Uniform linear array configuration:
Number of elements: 8
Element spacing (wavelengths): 0.25
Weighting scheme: blackman
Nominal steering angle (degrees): -30
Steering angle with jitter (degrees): -28.01
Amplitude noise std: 0.05
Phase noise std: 0.05

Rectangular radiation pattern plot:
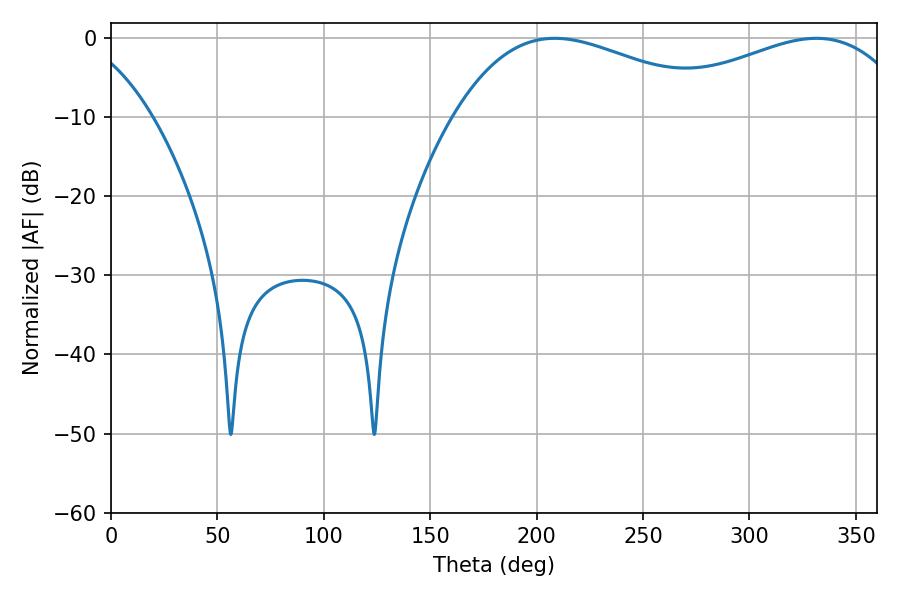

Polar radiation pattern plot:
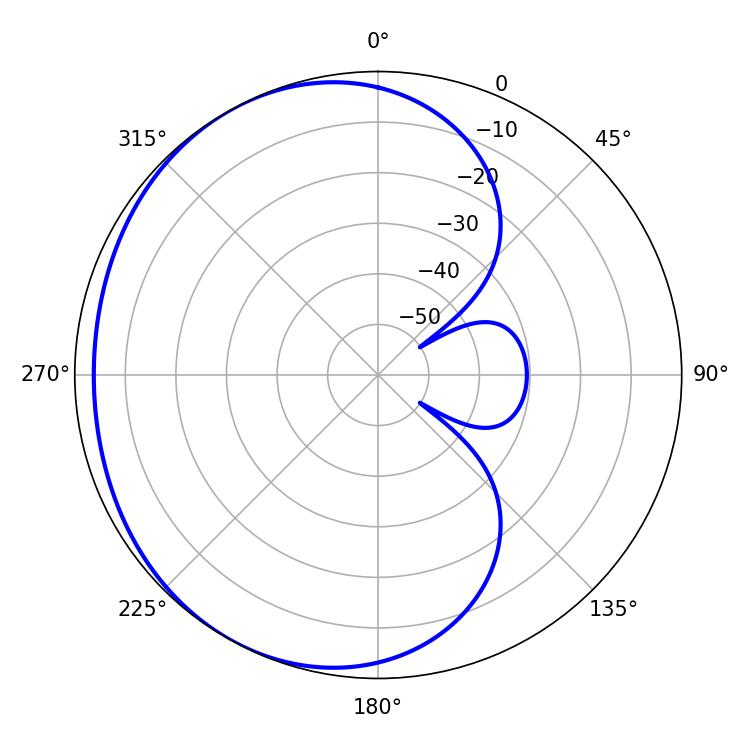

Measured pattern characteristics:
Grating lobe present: FALSE
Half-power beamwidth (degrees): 70.38
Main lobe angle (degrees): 208.44